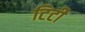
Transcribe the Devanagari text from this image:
टिटी